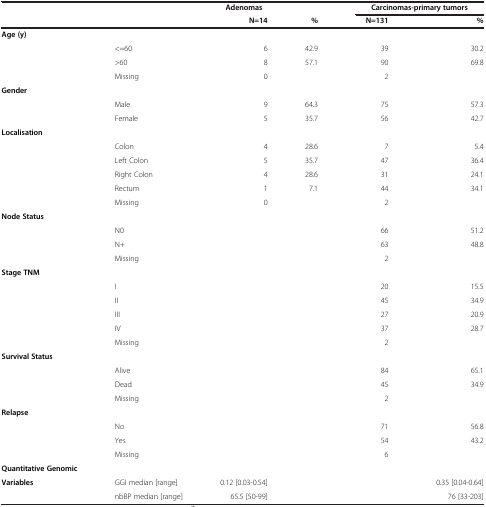
<table><thead><tr><td><b> </b></td><td><b> </b></td><td><b>Adenomas</b></td><td><b> </b></td><td colspan="2"><b>Carcinomas-primary tumors</b></td></tr><tr><td><b> </b></td><td><b> </b></td><td><b>N=14</b></td><td><b>%</b></td><td><b>N=131</b></td><td><b>%</b></td></tr></thead><tbody><tr><td><b>Age (y)</b></td><td> </td><td> </td><td> </td><td> </td><td> </td></tr><tr><td> </td><td>&lt;=60</td><td>6</td><td>42.9</td><td>39</td><td>30.2</td></tr><tr><td> </td><td>&gt;60</td><td>8</td><td>57.1</td><td>90</td><td>69.8</td></tr><tr><td> </td><td>Missing</td><td>0</td><td> </td><td>2</td><td> </td></tr><tr><td><b>Gender</b></td><td> </td><td> </td><td> </td><td> </td><td> </td></tr><tr><td> </td><td>Male</td><td>9</td><td>64.3</td><td>75</td><td>57.3</td></tr><tr><td> </td><td>Female</td><td>5</td><td>35.7</td><td>56</td><td>42.7</td></tr><tr><td><b>Localisation</b></td><td> </td><td> </td><td> </td><td> </td><td> </td></tr><tr><td> </td><td>Colon</td><td>4</td><td>28.6</td><td>7</td><td>5.4</td></tr><tr><td> </td><td>Left Colon</td><td>5</td><td>35.7</td><td>47</td><td>36.4</td></tr><tr><td> </td><td>Right Colon</td><td>4</td><td>28.6</td><td>31</td><td>24.1</td></tr><tr><td> </td><td>Rectum</td><td>1</td><td>7.1</td><td>44</td><td>34.1</td></tr><tr><td> </td><td>Missing</td><td>0</td><td> </td><td>2</td><td> </td></tr><tr><td><b>Node Status</b></td><td> </td><td> </td><td> </td><td> </td><td> </td></tr><tr><td> </td><td>N0</td><td> </td><td> </td><td>66</td><td>51.2</td></tr><tr><td> </td><td>N+</td><td> </td><td> </td><td>63</td><td>48.8</td></tr><tr><td> </td><td>Missing</td><td> </td><td> </td><td>2</td><td> </td></tr><tr><td><b>Stage TNM</b></td><td> </td><td> </td><td> </td><td> </td><td> </td></tr><tr><td> </td><td>I</td><td> </td><td> </td><td>20</td><td>15.5</td></tr><tr><td> </td><td>II</td><td> </td><td> </td><td>45</td><td>34.9</td></tr><tr><td> </td><td>III</td><td> </td><td> </td><td>27</td><td>20.9</td></tr><tr><td> </td><td>IV</td><td> </td><td> </td><td>37</td><td>28.7</td></tr><tr><td> </td><td>Missing</td><td> </td><td> </td><td>2</td><td> </td></tr><tr><td><b>Survival Status</b></td><td> </td><td> </td><td> </td><td> </td><td> </td></tr><tr><td> </td><td>Alive</td><td> </td><td> </td><td>84</td><td>65.1</td></tr><tr><td> </td><td>Dead</td><td> </td><td> </td><td>45</td><td>34.9</td></tr><tr><td> </td><td>Missing</td><td> </td><td> </td><td>2</td><td> </td></tr><tr><td><b>Relapse</b></td><td> </td><td> </td><td> </td><td> </td><td> </td></tr><tr><td> </td><td>No</td><td> </td><td> </td><td>71</td><td>56.8</td></tr><tr><td> </td><td>Yes</td><td> </td><td> </td><td>54</td><td>43.2</td></tr><tr><td> </td><td>Missing</td><td> </td><td> </td><td>6</td><td> </td></tr><tr><td><b>Quantitative Genomic</b></td><td> </td><td> </td><td> </td><td> </td><td> </td></tr><tr><td><b>Variables</b></td><td>GGI median [range]</td><td>0.12 [0.03-0.54]</td><td> </td><td> </td><td>0.35 [0.04-0.64]</td></tr><tr><td> </td><td>nbBP median [range]</td><td>65.5 [50-99]</td><td> </td><td> </td><td>76 [33-203]</td></tr></tbody></table>